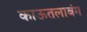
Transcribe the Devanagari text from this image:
काऊतलाबंग